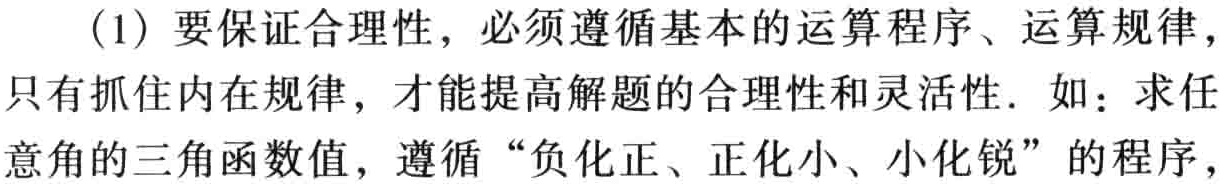
(1) 要保证合理性，必须遵循基本的运算程序、运算规律，只有抓住内在规律，才能提高解题的合理性和灵活性. 如：求任意角的三角函数值，遵循“负化正、正化小、小化锐”的程序，